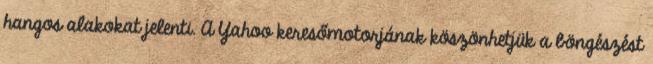
hangos alakokat jelenti. A Yahoo keresőmotorjának köszönhetjük a böngészést